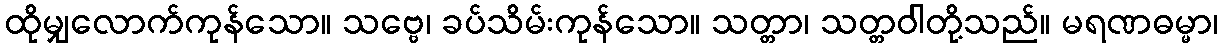
ထိုမျှလောက်ကုန်သော။ သဗ္ဗေ၊ ခပ်သိမ်းကုန်သော။ သတ္တာ၊ သတ္တဝါတို့သည်။ မရဏဓမ္မာ၊